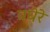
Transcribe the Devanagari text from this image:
वघेरे